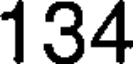
134